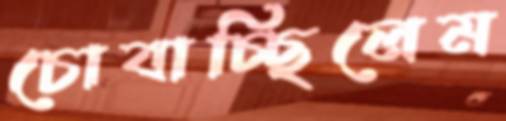
চোবাচ্ছিলেম